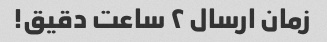
زمان ارسال ۲ ساعت دقیق!